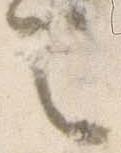
令